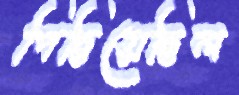
পিছিয়েছিল